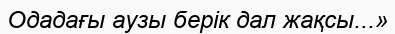
Одадағы аузы берік дал жақсы...»